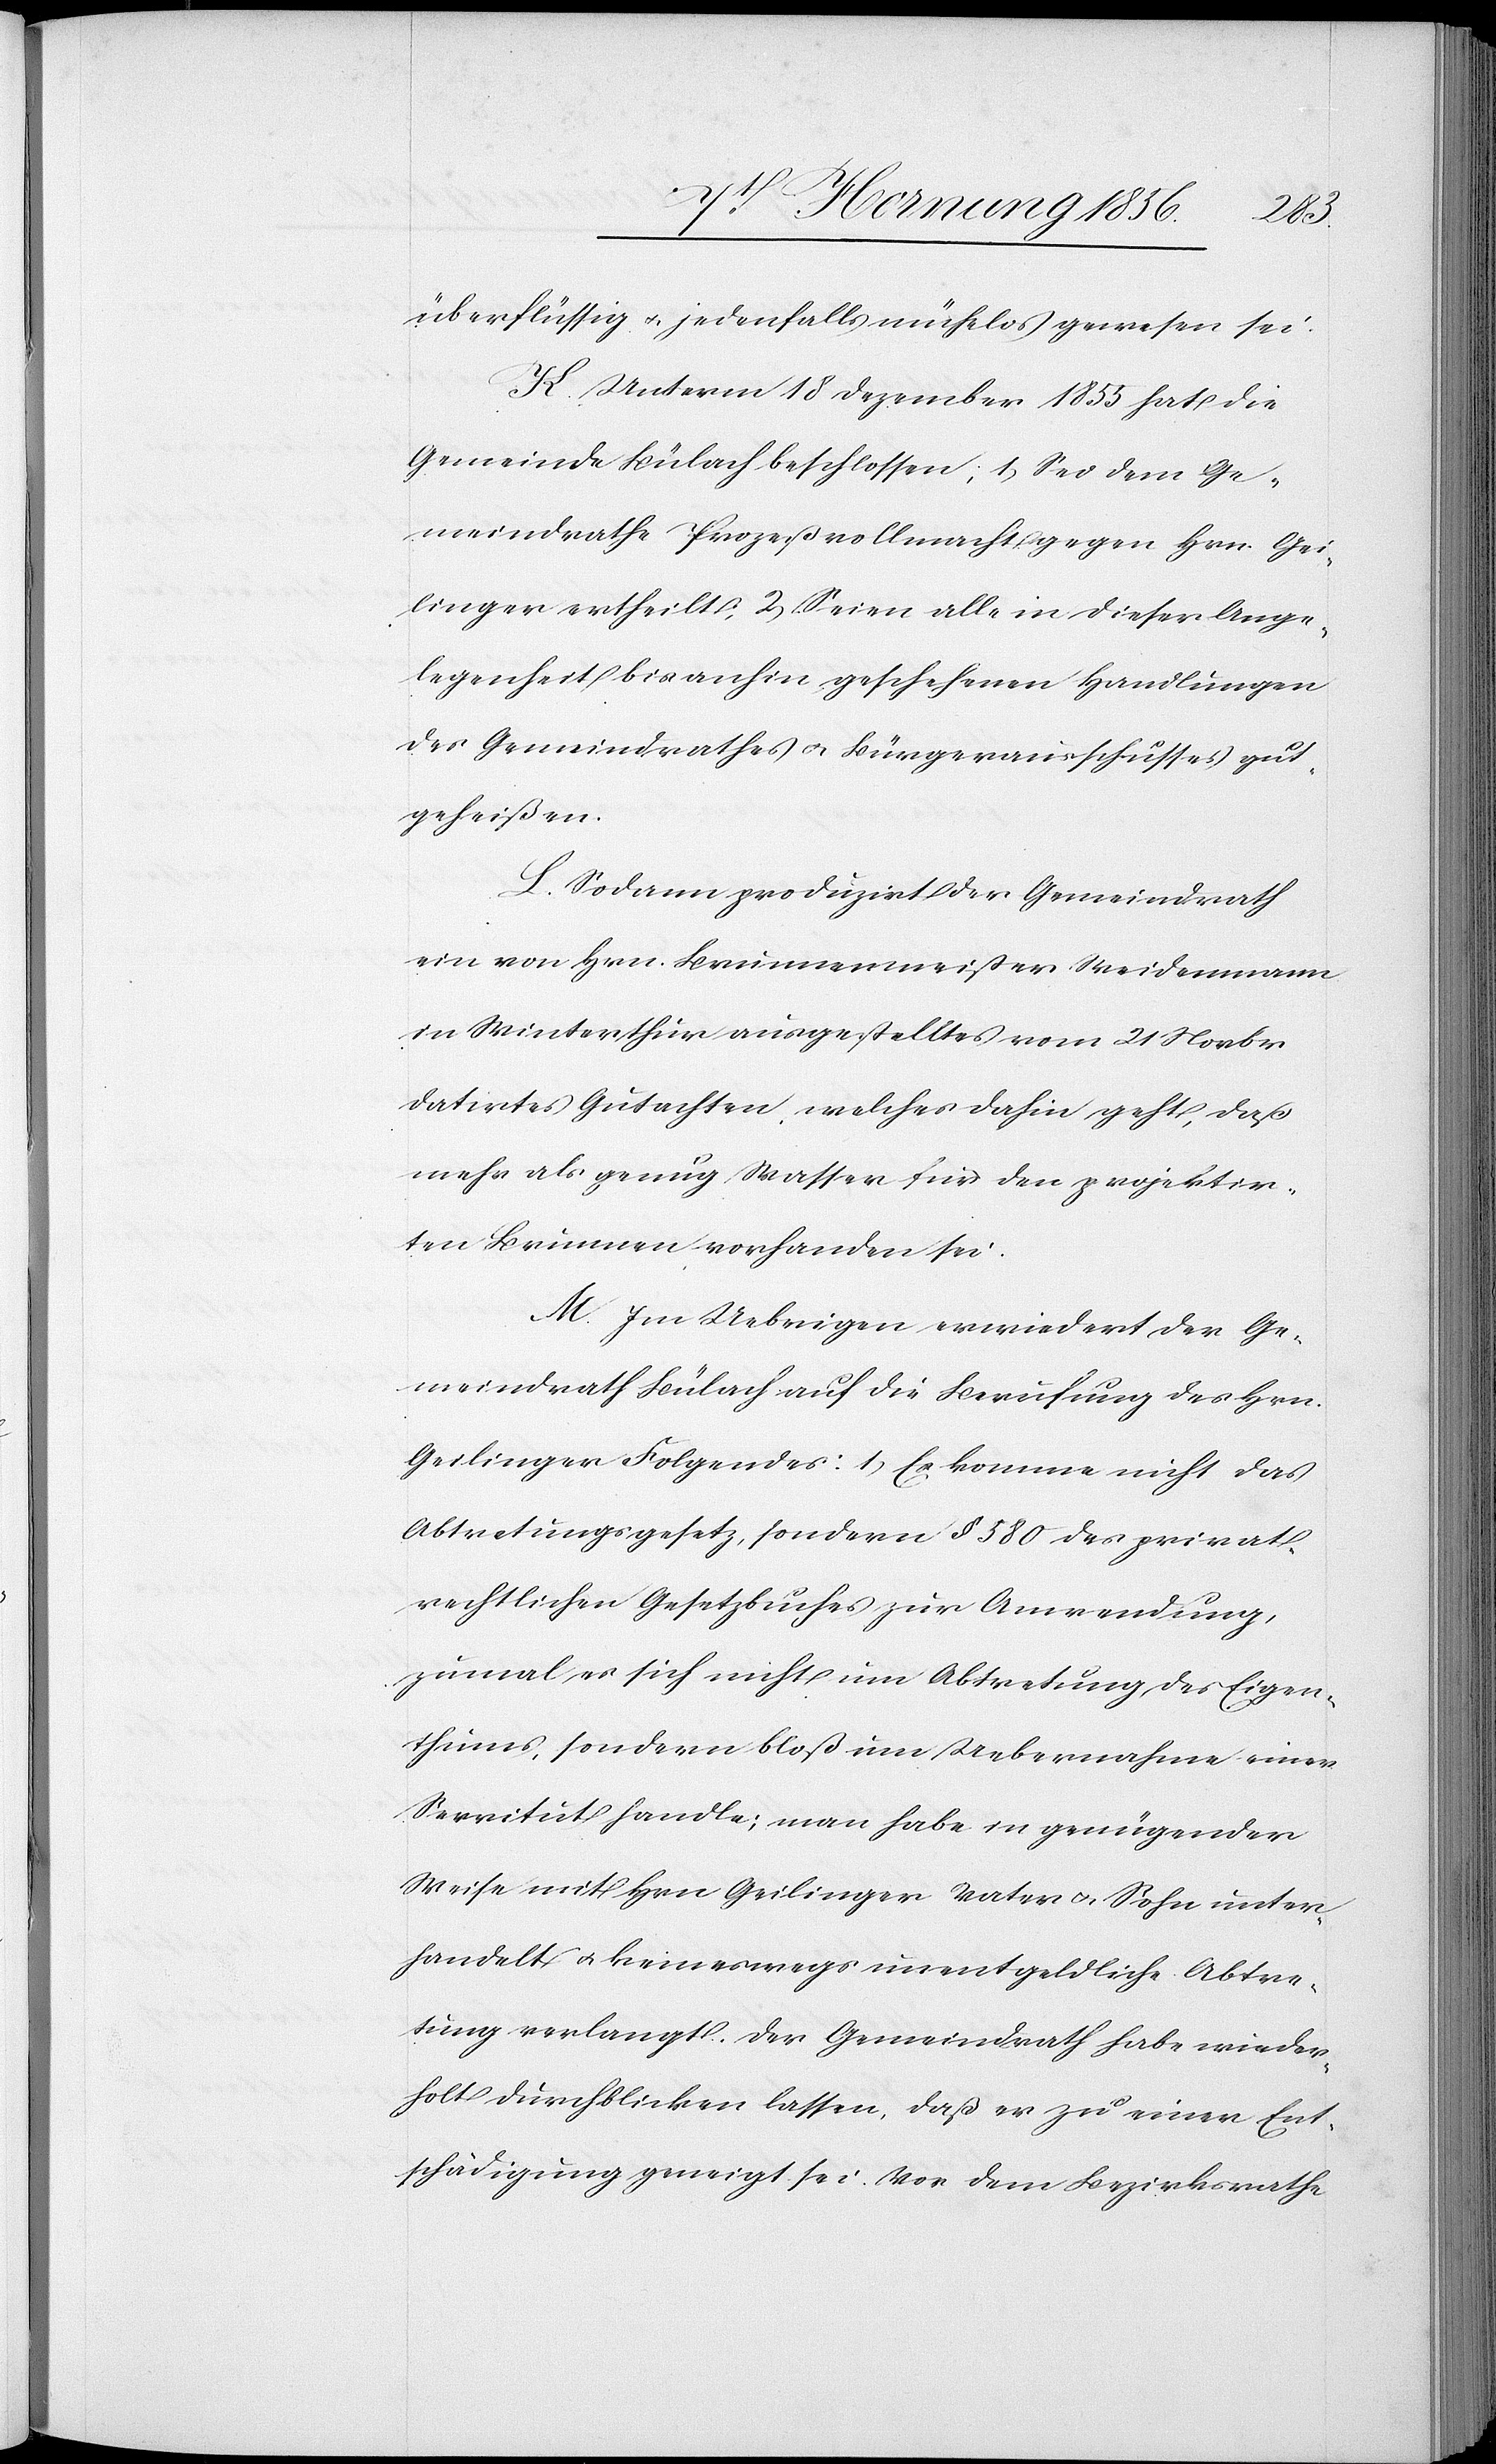
das
überflüssig u. jedenfalls mühelos gewesen sei.
K. Unterm 18 Dezember 1853 hat die
Gemeinde Bülach beschlossen; 1, Sei dem Ge¬
meindrathe Prozeßvollmacht gegen Hrn. Gei¬
linger ertheilt; 2, Seien alle in dieser Ange¬
legenheit bis anhin geschehenen Handlungen
des Gemeindrathes u. Bürgerausschusses gut¬
geheißen.
L. Sodann produzirt der Gemeindrath
ein von Hrn. Brunnenweißer Weidenmann
in Winterthur ausgestelltes vom 21 Novbr
datirtes Gutachten, welches dahin geht, daß
mehr als genug Wasser für den projektir¬
ten Brunnen vorhanden sei.
M. Im Uebrigen erwiedert der Ge¬
meindrath Bülach auf die Berufung des Hrn.
Abtretungsgesetz, sondern § 580 des privat¬
rechtlichen Gesetzbuches zur Anwendung,
zumal es sich nicht um Abtretung des Eigen¬
tums, sondern bloß um Uebernahme einer
Servitut handle; man habe in genügender
Weise mit Hrn Geilinger Vater u. Sohn unter¬
handelt u. keineswegs unentgeldliche Abtre¬
tung verlangt. Der Gemeindrath habe wieder¬
holt durchblicken lassen, daß er zu einer Ent¬
schädigung geneigt sei. Vor dem Bezirksrathe